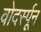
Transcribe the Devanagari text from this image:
वोदर्स्पून